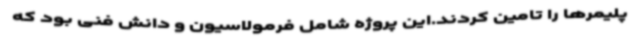
پلیمرها را تامین کردند.این پروژه شامل فرمولاسیون و دانش فنی بود که